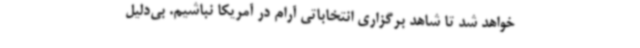
خواهد شد تا شاهد برگزاری انتخاباتی آرام در آمریکا نباشیم. بی‌دلیل